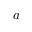
a